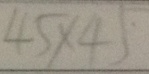
4 5 \times 4 5